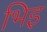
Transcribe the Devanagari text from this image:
भिइ